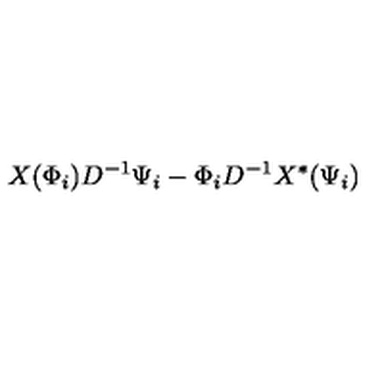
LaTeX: X ( \Phi _ { i } ) D ^ { - 1 } \Psi _ { i } - \Phi _ { i } D ^ { - 1 } X ^ { \ast } ( \Psi _ { i } )